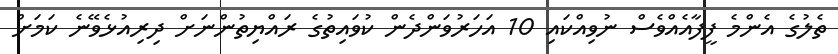
ތެލުގެ އެންމެ ފީފާއެއްވެސް ނުވިއްކައި 10 އަހަރުވަންދެން ކުވައިތުގެ ރައްޔިތުންނަށް ދިރިއުޅެވޭނެ ކަމަށް